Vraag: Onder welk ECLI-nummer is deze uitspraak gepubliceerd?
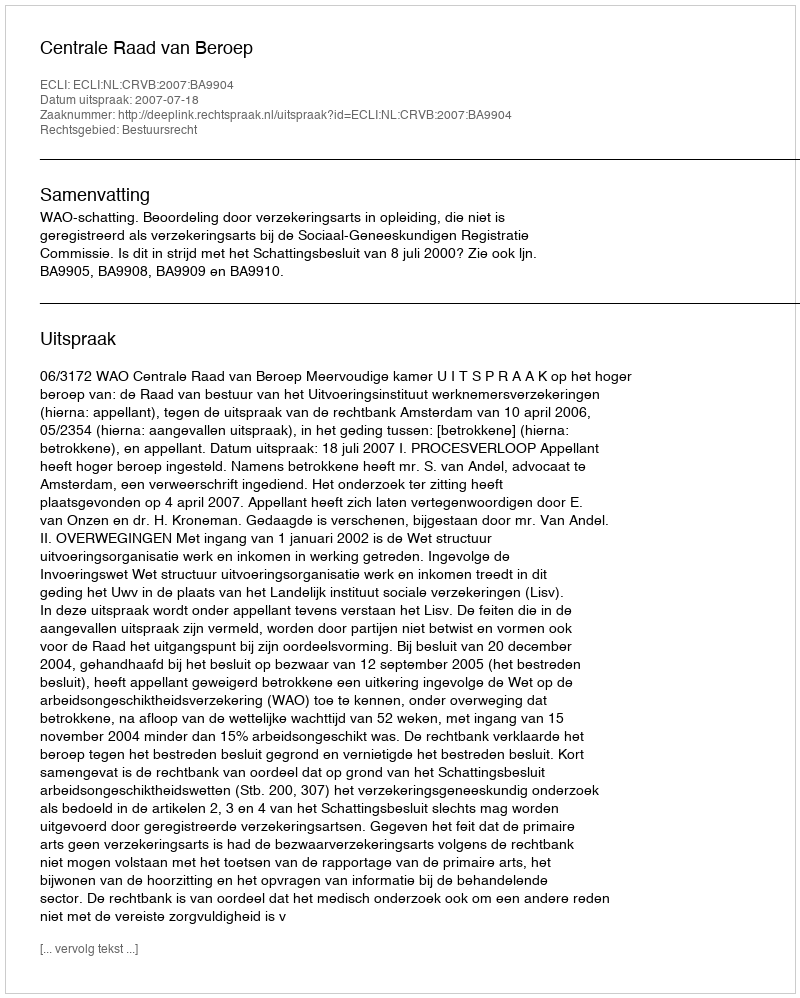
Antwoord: ECLI:NL:CRVB:2007:BA9904